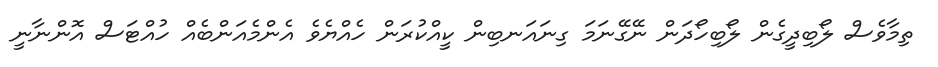
ތިމާވެސް ލޯބިދީގެން ލޯބިހޯދަން ނޭގޭނަމަ ގިނައަނބިން ކީއްކުރަން ހެއްޔެވެ އެންމެއަންބެއް ހުއްޓަސް އޮންނާނީ